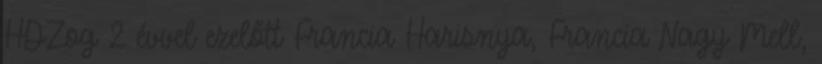
HDZog 2 évvel ezelőtt Francia Harisnya, Francia Nagy Mell,